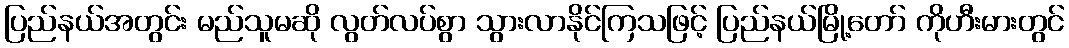
ပြည်နယ်အတွင်း မည်သူမဆို လွတ်လပ်စွာ သွားလာနိုင်ကြသဖြင့် ပြည်နယ်မြို့တော် ကိုဟီးမားတွင်